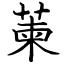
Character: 萰